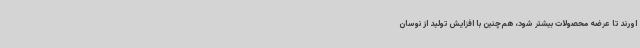
اورند تا عرضه محصولات بیشتر شود، هم‌چنین با افزایش تولید از نوسان